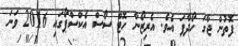
ފޮތުން ޖާގަ ހޯދާފަ އެވެ. އެރިޒޯނާ ހޮޓް ސޯސް އެކްސްޕޯގައި 2016 ވަނަ